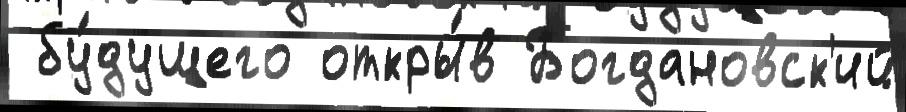
 бу́дущего откры́в Богдановск'ий